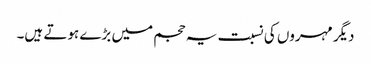
دیگر مہروں کی نسبت یہ حجم میں بڑے ہوتے ہیں۔